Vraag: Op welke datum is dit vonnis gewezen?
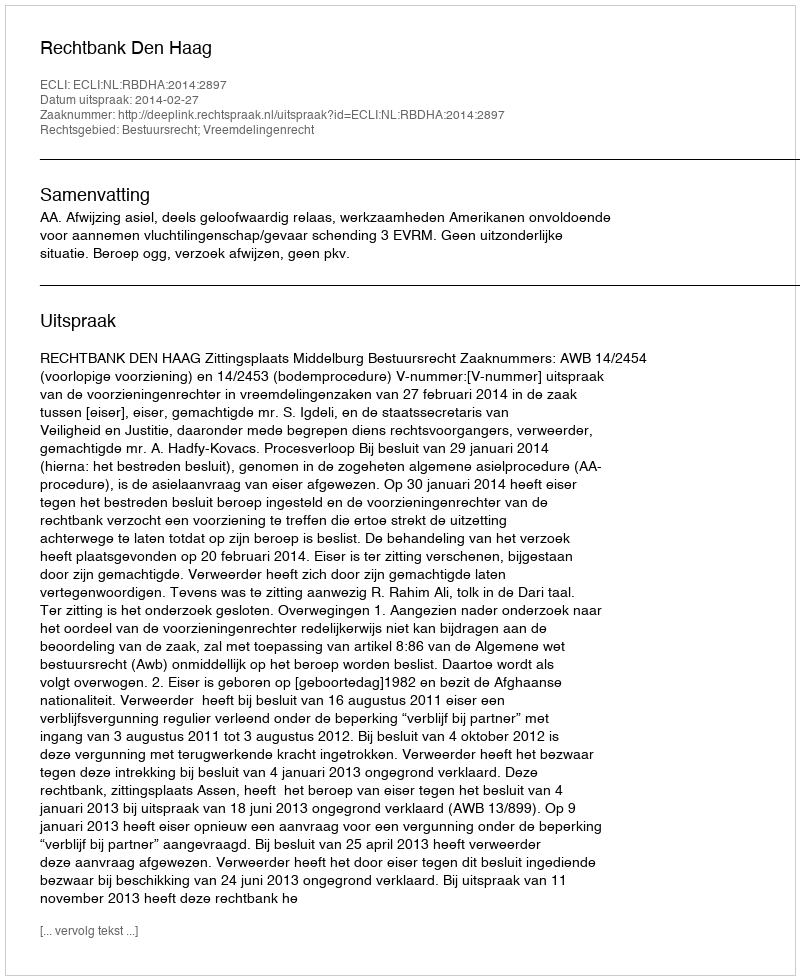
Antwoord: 2014-02-27